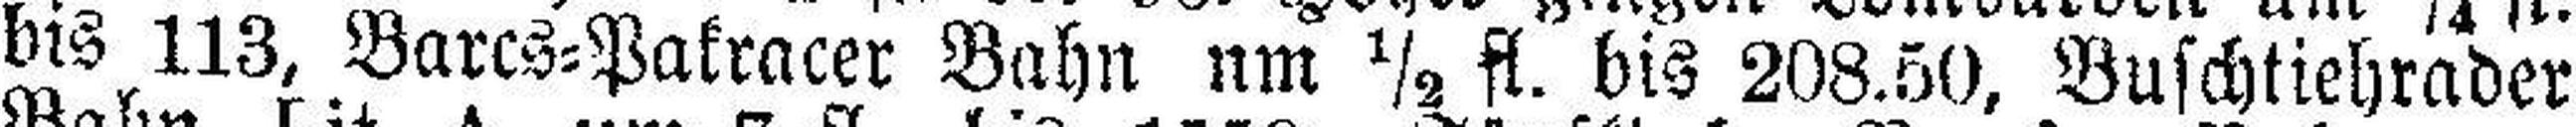
bis 113, Barcs=Pakracer Bahn nm fl. bis 208.50, Buschtiehrader